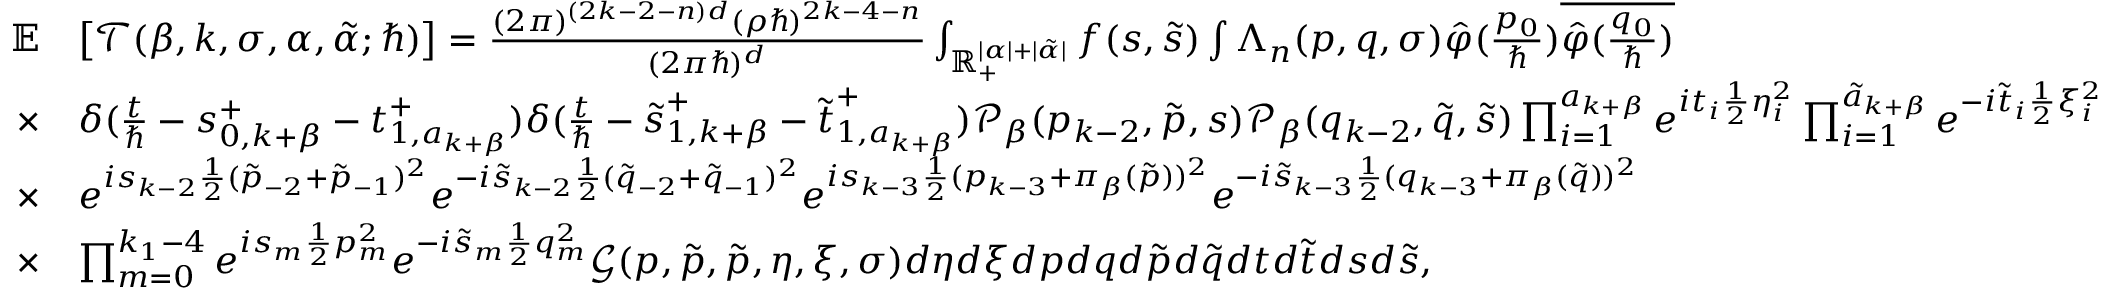
\begin{array} { r l } { \mathbb { E } } & { \big [ \mathcal { T } ( \beta , k , \sigma , \alpha , \tilde { \alpha } ; \hbar ) \big ] = \frac { ( 2 \pi ) ^ { ( 2 k - 2 - n ) d } ( \rho \hbar ) ^ { 2 k - 4 - n } } { ( 2 \pi \hbar ) ^ { d } } \int _ { \mathbb { R } _ { + } ^ { | \alpha | + | \tilde { \alpha } | } } f ( \boldsymbol { s } , \boldsymbol { \tilde { s } } ) \int \Lambda _ { n } ( \boldsymbol { p } , \boldsymbol { q } , \sigma ) \hat { \varphi } ( \frac { p _ { 0 } } { \hbar } ) \overline { { \hat { \varphi } ( \frac { q _ { 0 } } { \hbar } ) } } } \\ { \times } & { \delta ( \frac { t } { \hbar } - \boldsymbol { s } _ { 0 , k + \beta } ^ { + } - \boldsymbol { t } _ { 1 , a _ { k + \beta } } ^ { + } ) \delta ( \frac { t } { \hbar } - \boldsymbol { \tilde { s } } _ { 1 , k + \beta } ^ { + } - \boldsymbol { \tilde { t } } _ { 1 , a _ { k + \beta } } ^ { + } ) \mathcal { P } _ { \beta } ( p _ { k - 2 } , \boldsymbol { \tilde { p } } , \boldsymbol { s } ) \mathcal { P } _ { \beta } ( q _ { k - 2 } , \boldsymbol { \tilde { q } } , \boldsymbol { \tilde { s } } ) \prod _ { i = 1 } ^ { a _ { k + \beta } } e ^ { i t _ { i } \frac { 1 } { 2 } \eta _ { i } ^ { 2 } } \prod _ { i = 1 } ^ { \tilde { a } _ { k + \beta } } e ^ { - i \tilde { t } _ { i } \frac { 1 } { 2 } \xi _ { i } ^ { 2 } } } \\ { \times } & { e ^ { i s _ { k - 2 } \frac { 1 } { 2 } ( \tilde { p } _ { - 2 } + \tilde { p } _ { - 1 } ) ^ { 2 } } e ^ { - i \tilde { s } _ { k - 2 } \frac { 1 } { 2 } ( \tilde { q } _ { - 2 } + \tilde { q } _ { - 1 } ) ^ { 2 } } e ^ { i s _ { k - 3 } \frac { 1 } { 2 } ( p _ { k - 3 } + \pi _ { \beta } ( \boldsymbol { \tilde { p } } ) ) ^ { 2 } } e ^ { - i \tilde { s } _ { k - 3 } \frac { 1 } { 2 } ( q _ { k - 3 } + \pi _ { \beta } ( \boldsymbol { \tilde { q } } ) ) ^ { 2 } } } \\ { \times } & { \prod _ { m = 0 } ^ { k _ { 1 } - 4 } e ^ { i s _ { m } \frac { 1 } { 2 } p _ { m } ^ { 2 } } e ^ { - i \tilde { s } _ { m } \frac { 1 } { 2 } q _ { m } ^ { 2 } } \mathcal { G } ( \boldsymbol { p } , \boldsymbol { \tilde { p } } , \boldsymbol { \tilde { p } } , \boldsymbol { \eta } , \boldsymbol { \xi } , \sigma ) d \boldsymbol { \eta } d \boldsymbol { \xi } d \boldsymbol { p } d \boldsymbol { q } d \boldsymbol { \tilde { p } } d \boldsymbol { \tilde { q } } d \boldsymbol { t } d \boldsymbol { \tilde { t } } d \boldsymbol { s } d \boldsymbol { \tilde { s } } , } \end{array}